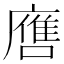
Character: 噟